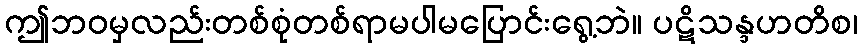
ဤဘဝမှလည်းတစ်စုံတစ်ရာမပါမပြောင်းရွေ့ဘဲ။ ပဋိသန္ဒဟတိစ၊